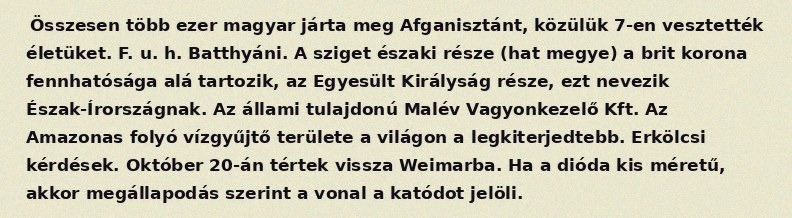
Összesen több ezer magyar járta meg Afganisztánt, közülük 7-en vesztették életüket. F. u. h. Batthyáni. A sziget északi része (hat megye) a brit korona fennhatósága alá tartozik, az Egyesült Királyság része, ezt nevezik Észak-Írországnak. Az állami tulajdonú Malév Vagyonkezelő Kft. Az Amazonas folyó vízgyűjtő területe a világon a legkiterjedtebb. Erkölcsi kérdések. Október 20-án tértek vissza Weimarba. Ha a dióda kis méretű, akkor megállapodás szerint a vonal a katódot jelöli.